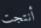
أنتجت